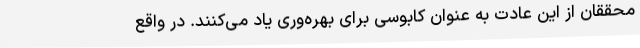
محققان از این عادت به عنوان کابوسی برای بهره‌وری یاد می‌کنند. در واقع